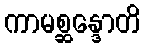
ကာမစ္ဆန္ဒောတိ